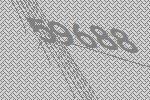
59688